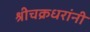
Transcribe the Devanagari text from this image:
श्रीचक्रधरांनी